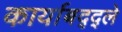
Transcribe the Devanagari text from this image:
कार्याबद्द्ले